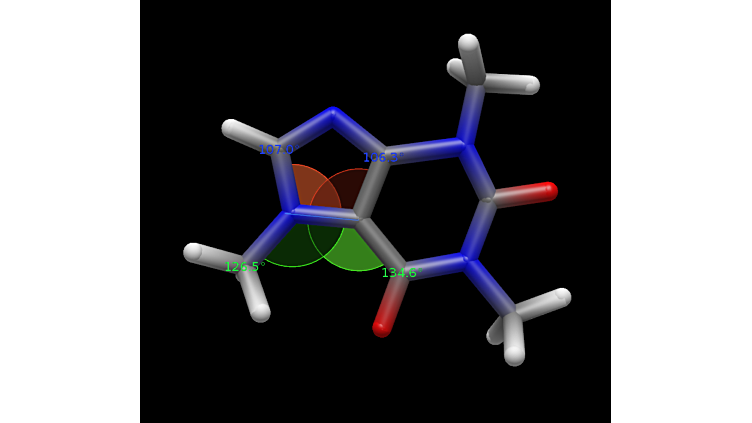
avogadro, ball and sticks